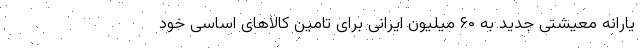
یارانه معیشتی جدید به ۶۰ میلیون ایرانی برای تامین کالاهای اساسی خود